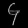
Digit: ၄